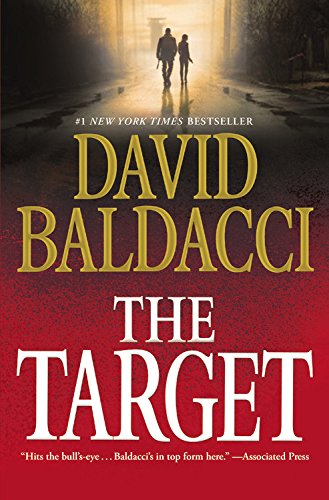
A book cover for The Target (Will Robie Series); David Baldacci; Mystery, Thriller & Suspense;